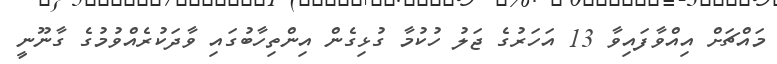
މައްޗަށް އިއްވާފައިވާ 13 އަހަރުގެ ޖަލު ހުކުމާ ގުޅިގެން އިންތިހާބުގައި ވާދަކުރެއްވުމުގެ ގާނޫނީ